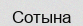
Сотына